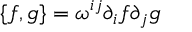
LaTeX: \{ f , g \} = \omega ^ { i j } \partial _ { i } f \partial _ { j } g